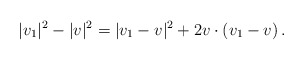
\begin{align*}\begin{aligned}|v_1|^2 - |v|^2 = |v_1 - v|^2 + 2 v \cdot (v_1 - v) \,.\end{aligned}\end{align*}